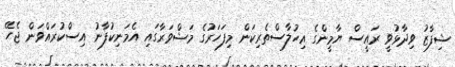
ޝިފާޒު ވިދާޅުވީ ރައީސް ޔާމީންގެ އިހުލާސްތެރިކަން މިފަހަރުގެ މަޝްވަރާގައި އެމަނިކުފާނު އިސްކުރައްވަން ޖެހޭ